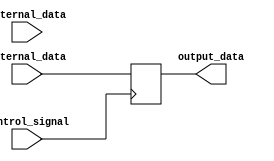
module IO_blocks (
    input wire external_data,
    input wire internal_data,
    input wire control_signal,
    output reg output_data
);

reg input_buffer;
reg output_buffer;

always @ (posedge control_signal) begin
    if (control_signal == 1'b0) begin
        input_buffer <= external_data;
        output_data <= internal_data;
    end else begin
        input_buffer <= internal_data;
        output_data <= external_data;
    end
end

endmodule